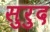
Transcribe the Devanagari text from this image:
सुरुद